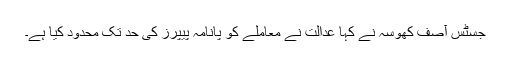
جسٹس آصف کھوسہ نے کہا عدالت نے معاملے کو پانامہ پیپرز کی حد تک محدود کیا ہے۔